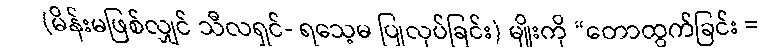
(မိန်းမဖြစ်လျှင် သီလရှင်- ရသေ့မ ပြုလုပ်ခြင်း) မျိုးကို “တောထွက်ခြင်း =